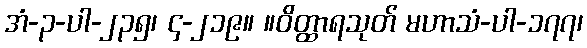
အံ-၃-ပါ-၂၃၅၊ ၄-၂၁၉။ ။ဝိတ္ထာရသုတ် မဟာသံ-ပါ-၁၇၇၊